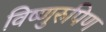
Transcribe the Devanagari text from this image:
विष्णुरुपिण